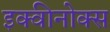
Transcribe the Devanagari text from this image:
इक्वीनोक्स